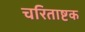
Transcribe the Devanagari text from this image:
चरिताष्टक